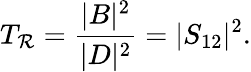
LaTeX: T_{\mathcal{R}}={\frac{{|B|^{2}}}{{|D|^{2}}}}=|S_{12}|^{2}.